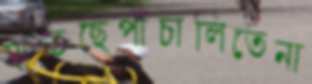
মাতছেপাঁচালিতেনা